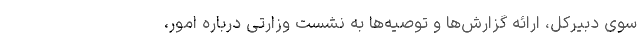
سوی دبیرکل، ارائه گزارش‌ها و توصیه‌ها به نشست وزارتی درباره امور،